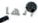
أنها